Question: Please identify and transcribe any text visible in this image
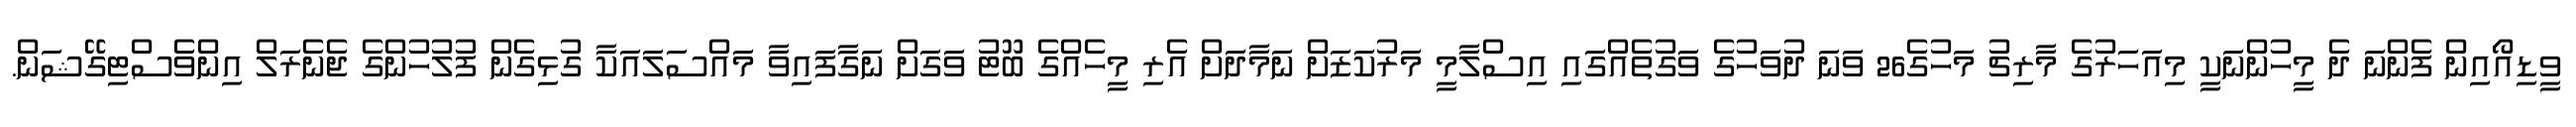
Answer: ވީޑިއޯއިން ފެންނަ ދެ މީހުންނަކީ މިއަހަރުގެ މާރިޗު މަހުގެ26 ވަނަ ދުވަހުގެ ވަގުތެއްގައި އިސްލާމީ މަރުކަޒަށް ނަމާދަށް އެރި މީހެއްގެ ބޫޓު ވަގަށް ނަގާފައިވާ މައްސަލައަކާ ގުޅިގެން ފުލުހުންގެ ޖެނެރަލް އިންވެސްޓިގޭޝަން.